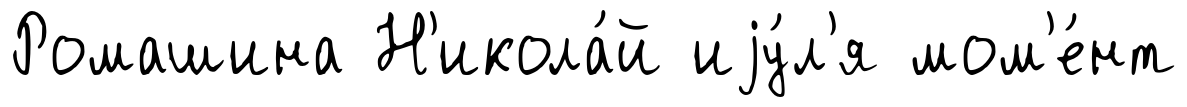
Ромашина Н'икола́й иjу́л'я мом'е́нт